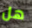
هل